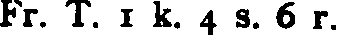
Fr. T. 1 k. 4 s. 6 r.